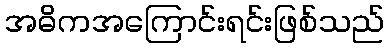
အဓိကအကြောင်းရင်းဖြစ်သည်